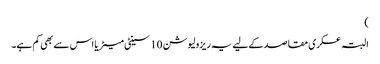
)
البتہ عسکری مقاصد کےلیے یہ ریزولیوشن 10 سینٹی میٹر یا اس سے بھی کم ہے۔